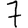
Digit: 7